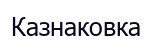
Казнаковка